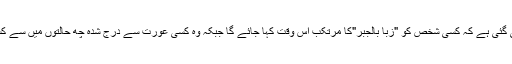
جس میں اس بات کی وضاحت کی گئی ہے کہ کسی شخص کو "زبا بالجبر"کا مرتکب اس وقت کہا جائے گا جبکہ وہ کسی عورت سے درج شدہ چھ حالتوں میں سے کسی ایک حالت میں مباشرت کرے۔